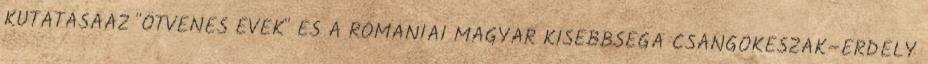
KUTATÁSAAZ "ÖTVENES ÉVEK" ÉS A ROMÁNIAI MAGYAR KISEBBSÉGA CSÁNGÓKÉSZAK–ERDÉLY